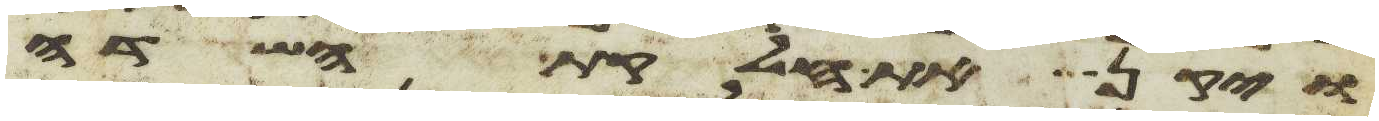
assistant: ויקן את חלקת השדה